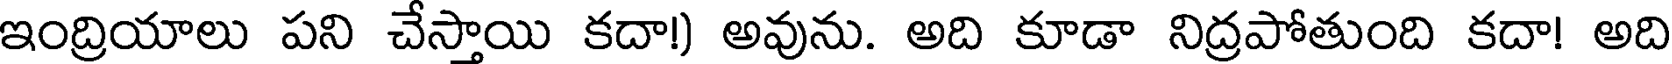
ఇంద్రియాలు పని చేస్తాయి కదా!) అవును. అది కూడా నిద్రపోతుంది కదా! అది